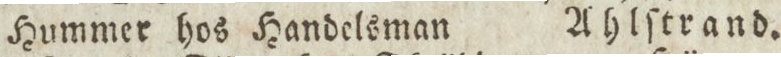
Hummer hos Handelsman    Ahlſtrand.